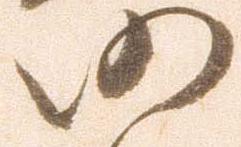
仍